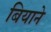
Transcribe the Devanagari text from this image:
बियाने